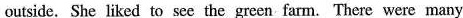
outside. She liked to see the green farm. There were many